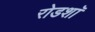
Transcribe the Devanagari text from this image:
रोडशाॅ